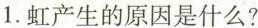
1.虹产生的原因是什么？